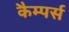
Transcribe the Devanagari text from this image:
कैम्पर्स